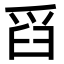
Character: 舀